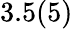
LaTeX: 3.5(5)\